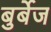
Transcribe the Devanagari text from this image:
बुर्बेज